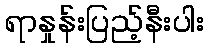
ရာနှုန်းပြည့်နီးပါး